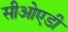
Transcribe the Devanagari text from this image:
सीओएडी